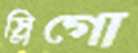
স্লিগো